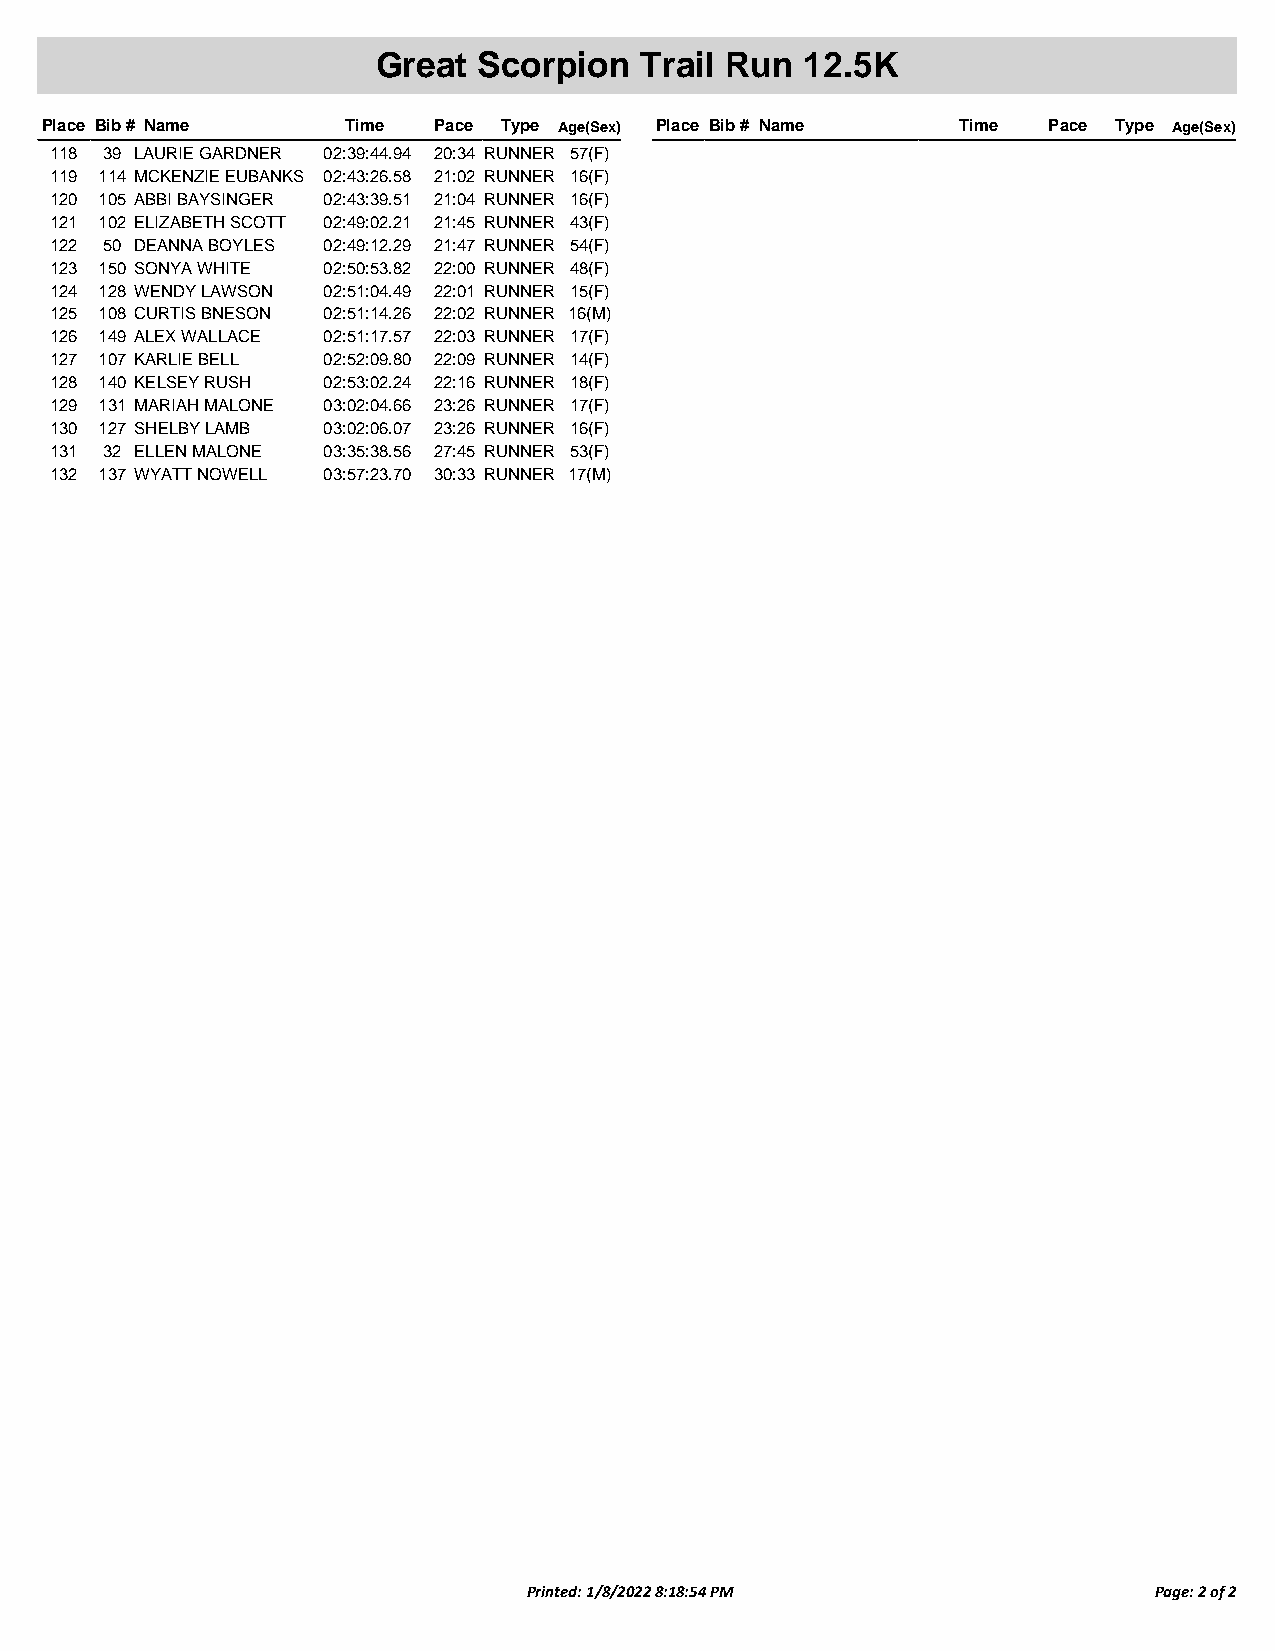
Great  Scorpion  Trail Run  12.5K
 Place Bib # Name    Time  Pace Type Age(Sex) Place Bib # Name Time Pace Type Age(Sex)
 118 39 LAURIE GARDNER 02:39:44.94 20:34 RUNNER 57(F)
 119 114 MCKENZIE EUBANKS 02:43:26.58 21:02 RUNNER 16(F)
 120 105 ABBI BAYSINGER 02:43:39.51 21:04 RUNNER 16(F)
 121 102 ELIZABETH SCOTT 02:49:02.21 21:45 RUNNER 43(F)
 122 50 DEANNA BOYLES 02:49:12.29 21:47 RUNNER 54(F)
 123 150 SONYA WHITE 02:50:53.82 22:00 RUNNER 48(F)
 124 128 WENDY LAWSON 02:51:04.49 22:01 RUNNER 15(F)
 125 108 CURTIS BNESON 02:51:14.26 22:02 RUNNER 16(M)
 126 149 ALEX WALLACE 02:51:17.57 22:03 RUNNER 17(F)
 127 107 KARLIE BELL 02:52:09.80 22:09 RUNNER 14(F)
 128 140 KELSEY RUSH 02:53:02.24 22:16 RUNNER 18(F)
 129 131 MARIAH MALONE 03:02:04.66 23:26 RUNNER 17(F)
 130 127 SHELBY LAMB 03:02:06.07 23:26 RUNNER 16(F)
 131 32 ELLEN MALONE 03:35:38.56 27:45 RUNNER 53(F)
 132 137 WYATT NOWELL 03:57:23.70 30:33 RUNNER 17(M)
 Printed: 1/8/2022 8:18:54 PM             Page: 2 of 2